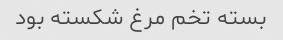
بسته تخم مرغ شکسته بود